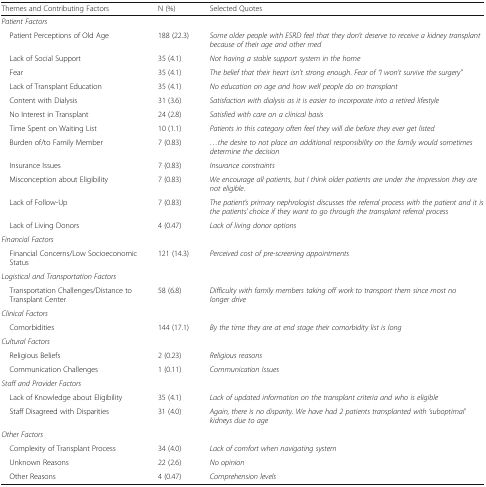
| Themes and Contributing Factors | N (%) | Selected Quotes |
 | --- | --- | --- |
 | <COLSPAN=3> Patient Factors |
 | Patient Perceptions of Old Age | 188 (22.3) | Some older people with ESRD feel that they don’t deserve to receive a kidney transplant because of their age and other med |
 | Lack of Social Support | 35 (4.1) | Not having a stable support system in the home |
 | Fear | 35 (4.1) | The belief that their heart isn’t strong enough. Fear of “I won’t survive the surgery” |
 | Lack of Transplant Education | 35 (4.1) | No education on age and how well people do on transplant |
 | Content with Dialysis | 31 (3.6) | Satisfaction with dialysis as it is easier to incorporate into a retired lifestyle |
 | No Interest in Transplant | 24 (2.8) | Satisfied with care on a clinical basis |
 | Time Spent on Waiting List | 10 (1.1) | Patients in this category often feel they will die before they ever get listed |
 | Burden of/to Family Member | 7 (0.83) | ...the desire to not place an additional responsibility on the family would sometimes determine the decision |
 | Insurance Issues | 7 (0.83) | Insurance constraints |
 | Misconception about Eligibility | 7 (0.83) | We encourage all patients, but I think older patients are under the impression they are not eligible. |
 | Lack of Follow-Up | 7 (0.83) | The patient’s primary nephrologist discusses the referral process with the patient and it is the patients’ choice if they want to go through the transplant referral process |
 | Lack of Living Donors | 4 (0.47) | Lack of living donor options |
 | <COLSPAN=3> Financial Factors |
 | Financial Concerns/Low Socioeconomic Status | 121 (14.3) | Perceived cost of pre-screening appointments |
 | <COLSPAN=3> Logistical and Transportation Factors |
 | Transportation Challenges/Distance to Transplant Center | 58 (6.8) | Difficulty with family members taking off work to transport them since most no longer drive |
 | <COLSPAN=3> Clinical Factors |
 | Comorbidities | 144 (17.1) | By the time they are at end stage their comorbidity list is long |
 | <COLSPAN=3> Cultural Factors |
 | Religious Beliefs | 2 (0.23) | Religious reasons |
 | Communication Challenges | 1 (0.11) | Communication Issues |
 | <COLSPAN=3> Staff and Provider Factors |
 | Lack of Knowledge about Eligibility | 35 (4.1) | Lack of updated information on the transplant criteria and who is eligible |
 | Staff Disagreed with Disparities | 31 (4.0) | Again, there is no disparity. We have had 2 patients transplanted with ‘suboptimal’ kidneys due to age |
 | <COLSPAN=3> Other Factors |
 | Complexity of Transplant Process | 34 (4.0) | Lack of comfort when navigating system |
 | Unknown Reasons | 22 (2.6) | No opinion |
 | Other Reasons | 4 (0.47) | Comprehension levels |